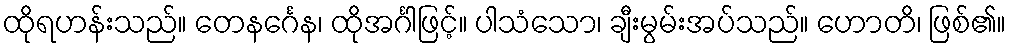
ထိုရဟန်းသည်။ တေနင်္ဂေန၊ ထိုအင်္ဂါဖြင့်။ ပါသံသော၊ ချီးမွမ်းအပ်သည်။ ဟောတိ၊ ဖြစ်၏။